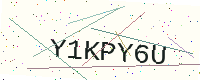
Text: Y1KPY6U